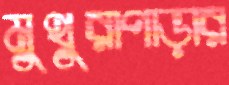
মুথুরাপাড়ার